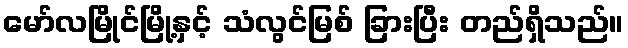
မော်လမြိုင်မြို့နှင့် သံလွင်မြစ် ခြားပြီး တည်ရှိသည်။